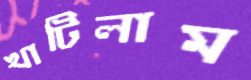
খাটিলাম